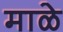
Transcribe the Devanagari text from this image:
माळे